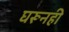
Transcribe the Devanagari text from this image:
घरूनही